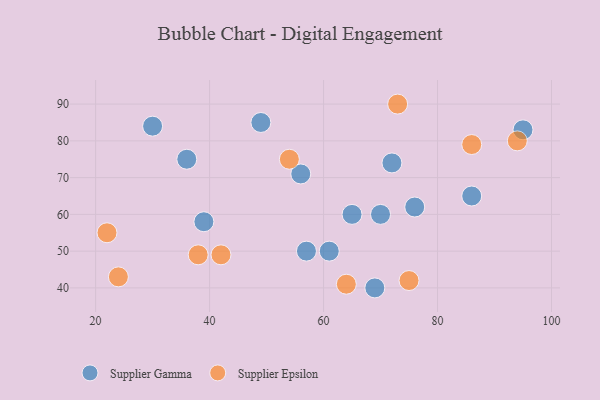
{"axis": {"x": "GDP", "y": "Life Expectancy"}, "legend": ["Supplier Epsilon", "Supplier Gamma"], "data": [{"x": "30", "y": 84, "type": "Supplier Gamma"}, {"x": "70", "y": 60, "type": "Supplier Gamma"}, {"x": "36", "y": 75, "type": "Supplier Gamma"}, {"x": "76", "y": 62, "type": "Supplier Gamma"}, {"x": "72", "y": 74, "type": "Supplier Gamma"}, {"x": "56", "y": 71, "type": "Supplier Gamma"}, {"x": "95", "y": 83, "type": "Supplier Gamma"}, {"x": "86", "y": 65, "type": "Supplier Gamma"}, {"x": "49", "y": 85, "type": "Supplier Gamma"}, {"x": "61", "y": 50, "type": "Supplier Gamma"}, {"x": "65", "y": 60, "type": "Supplier Gamma"}, {"x": "57", "y": 50, "type": "Supplier Gamma"}, {"x": "69", "y": 40, "type": "Supplier Gamma"}, {"x": "39", "y": 58, "type": "Supplier Gamma"}, {"x": "86", "y": 79, "type": "Supplier Epsilon"}, {"x": "94", "y": 80, "type": "Supplier Epsilon"}, {"x": "75", "y": 42, "type": "Supplier Epsilon"}, {"x": "42", "y": 49, "type": "Supplier Epsilon"}, {"x": "64", "y": 41, "type": "Supplier Epsilon"}, {"x": "54", "y": 75, "type": "Supplier Epsilon"}, {"x": "24", "y": 43, "type": "Supplier Epsilon"}, {"x": "73", "y": 90, "type": "Supplier Epsilon"}, {"x": "38", "y": 49, "type": "Supplier Epsilon"}, {"x": "22", "y": 55, "type": "Supplier Epsilon"}]}